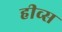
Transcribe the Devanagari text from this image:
हीव्स